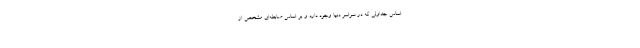
اساس جداولی که در سراسر دنیا وجود دارد و بر اساس ضابطه‌ای مشخص از